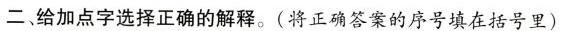
二、给加点字选择正确的解释。(将正确答案的序号填在括号里)